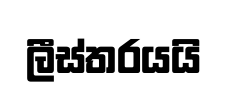
ලීස්තරයයි